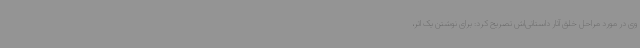
وی در مورد مراحل خلق آثار داستانی‌اش تصریح کرد: برای نوشتن یک اثر،